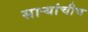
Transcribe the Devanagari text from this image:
सार्‍यांचीच